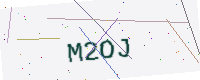
Text: M2OJ